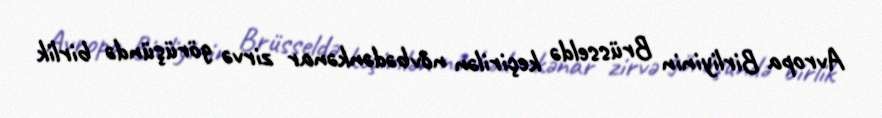
Avropa Birliyinin Brüsseldə keçirilən növbədənkənar zirvə görüşündə birlik